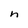
Character: n